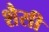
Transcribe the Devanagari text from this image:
शैसी